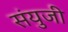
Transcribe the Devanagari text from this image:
संयुजी